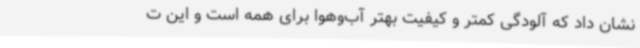
نشان داد که آلودگی کمتر و کیفیت بهتر آب‌وهوا برای همه است و این ت